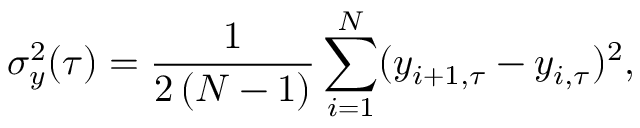
\sigma _ { y } ^ { 2 } ( \tau ) = \frac { 1 } { 2 \, ( N - 1 ) } \sum _ { i = 1 } ^ { N } ( y _ { i + 1 , \tau } - y _ { i , \tau } ) ^ { 2 } ,